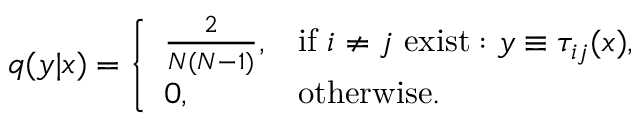
q ( y | x ) = \left\{ \begin{array} { l l } { \frac { 2 } { N ( N - 1 ) } , } & { \mathrm { i f } ~ i \neq j ~ \mathrm { e x i s t } : y \equiv \tau _ { i j } ( x ) , } \\ { 0 , } & { \mathrm { o t h e r w i s e } . } \end{array} \right.